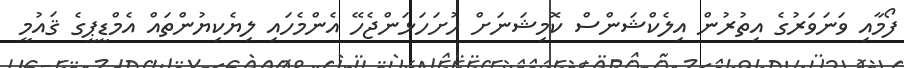
ފޯމާއި ވަނަވަރުގެ އިތުރުން އިލެކްޝަންސް ކޮމިޝަނަށް ހުށަހަޅަންޖެހޭ އެންމެހައި ލިޔެކިޔުންތައް އެމްޑީޕީގެ ޤައުމީ